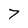
Character: 7